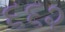
૬૬૨